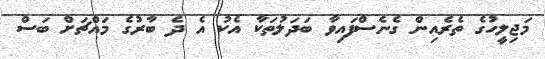
މަޖިލީހުގެ ތެރެއިން ގެނެސްފައިވާ ބަދަލުތަކާ އެކު އެ ދެ ބާރުގެ މައްޗަށް ބަސް